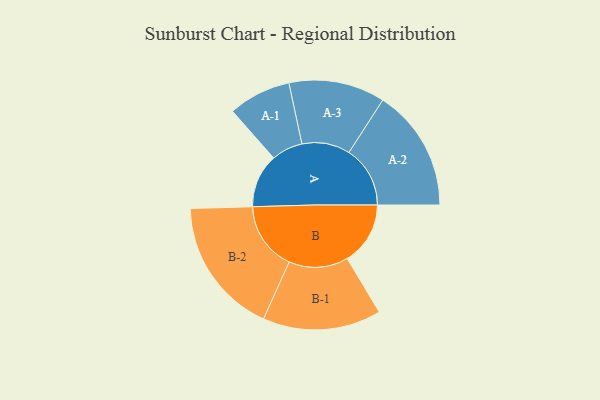
{"axis": {"x": "Segment", "y": "Value"}, "legend": ["", "A", "B"], "data": [{"x": "A", "y": 218, "type": ""}, {"x": "B", "y": 256, "type": ""}, {"x": "A-1", "y": 127, "type": "A"}, {"x": "A-2", "y": 248, "type": "A"}, {"x": "A-3", "y": 195, "type": "A"}, {"x": "B-1", "y": 240, "type": "B"}, {"x": "B-2", "y": 278, "type": "B"}]}